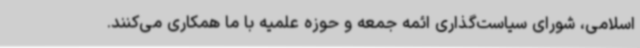
اسلامی، شورای سیاست‌گذاری ائمه جمعه و حوزه علمیه با ما همکاری می‌کنند.